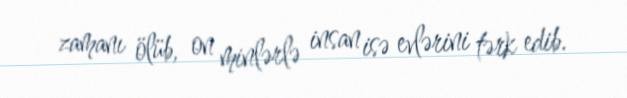
zamanı ölüb, on minlərlə insan isə evlərini tərk edib.